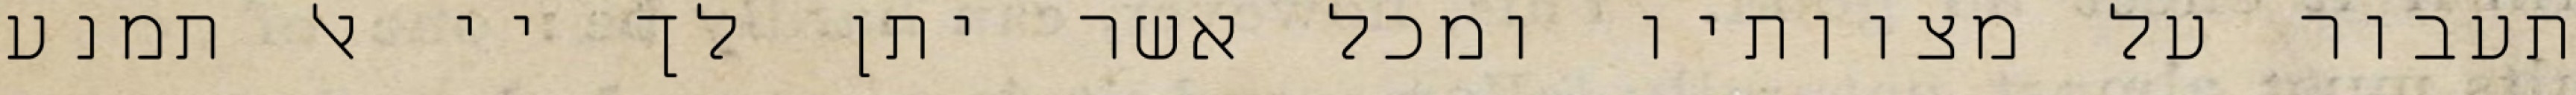
תעבור על מצוותיו ומכל אשר יתן לך יי אל תמנע